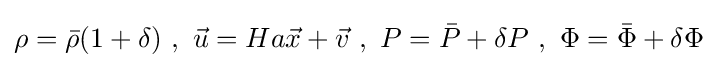
\rho ={\bar {\rho }}(1+\delta )~,~{\vec {u}}=Ha{\vec {x}}+{\vec {v}}~,~P={\bar {P}}+\delta P~,~\Phi ={\bar {\Phi }}+\delta \Phi ~